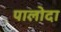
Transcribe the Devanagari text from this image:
पालोदा